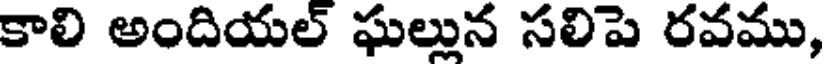
కాలి అందియల్ ఘల్లున సలిపె రవము,